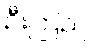
ဦးကြည်